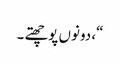
“، دونوں پوچھتے ۔